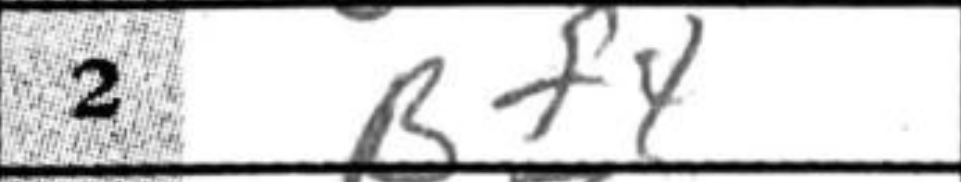
Transcription: Bf4